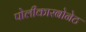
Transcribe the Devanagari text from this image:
पोलीकारबोनेट